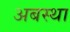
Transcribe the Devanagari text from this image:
अबस्था